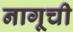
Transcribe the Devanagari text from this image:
नागूची